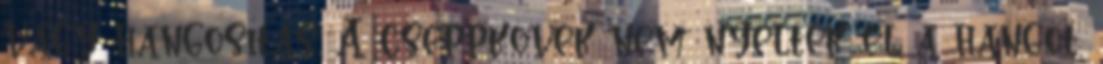
vagy hangosítás. A cseppkövek nem nyelték el a hangot,